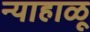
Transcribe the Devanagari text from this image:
न्याहाळू